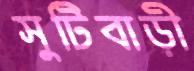
সুটিবাড়ী